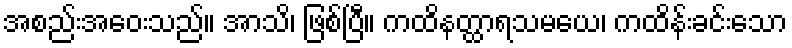
အစည်းအဝေးသည်။ အာသိ၊ ဖြစ်ပြီ။ ကထိနတ္ထာရသမယေ၊ ကထိန်းခင်းသော